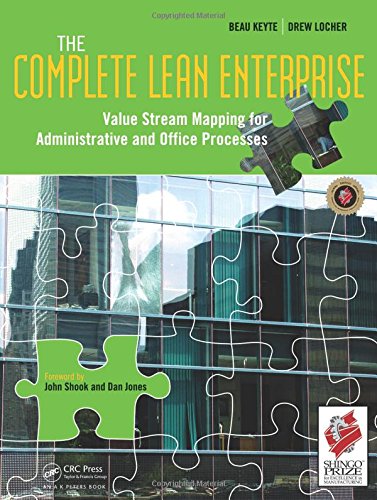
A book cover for The Complete Lean Enterprise: Value Stream Mapping for Administrative and Office Processes; Beau Keyte; Business & Money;